Civil Veterinary Dept. Assam report 1927-50 - 1927-1950
Year: 1927
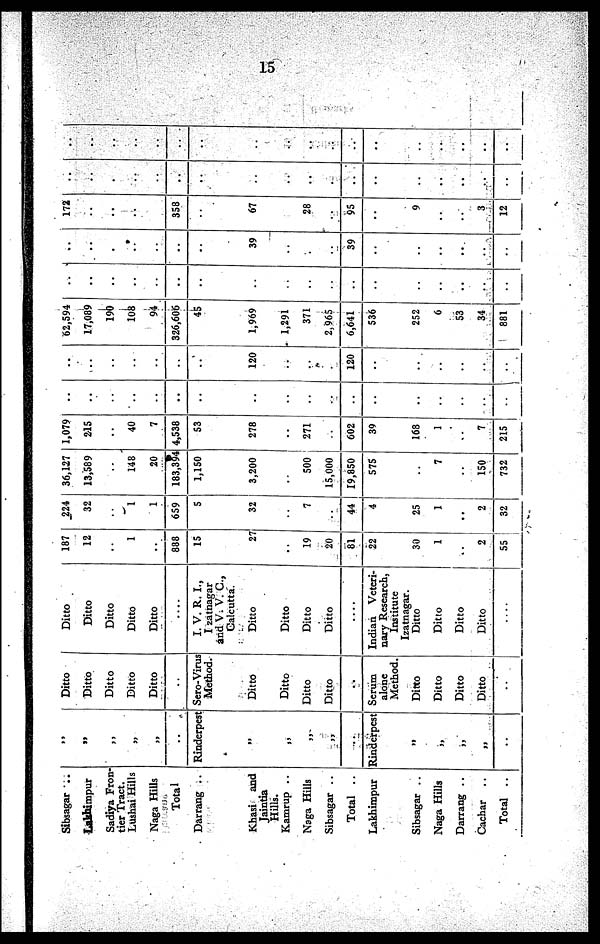
15
Sibsagar ..
Lakhimpur
Sadiya Fron-
tier Tract.
Lushai Hills
Naga Hills
Total
Darrang ..
Khasi and
Jaintia
Hills.
Kamrup ..
Naga Hills
Sibsagar ..
Total ..
Lakhimpur
Sibsagar ..
Naga Hills
Darrang ..
Cachar ..
Total ..
„
„
„
„
„
..
Rinderpest
„
„
„
„
..
Rinderpest
„
„
„
„
..
Ditto
Ditto
Ditto
Ditto
Ditto
..
Sero-Virus
Method.
Ditto
Ditto
Ditto
Ditto
..
Serum
alone
Method.
Ditto
Ditto
Ditto
Ditto
..
Ditto
Ditto
Ditto
Ditto
Ditto
....
I. V. R. I.,
I zatnagar
and V. V. C.,
Calcutta.
Ditto
Ditto
Ditto
Ditto
....
Indian Veteri-
nary Research,
Institute
Izatnagar.
Ditto
Ditto
Ditto
Ditto
....
187
12
..
1
..
888
15
27
..
19
20
81
22
30
1
..
2
55
224
32
..
1
1
659
5
32
..
7
..
44
4
25
1
..
2
32
36,127
13,589
..
148
20
183,39
1,150
3,200
..
500
15,000
19,850
575
..
7
..
150
732
1,079
215
..
40
7
4,538
53
278
..
271
..
602
39
168
1
..
7
215
..
..
..
..
..
..
..
..
..
..
..
..
..
..
..
..
..
..
..
..
..
..
..
..
..
120
..
..
..
120
..
..
..
..
..
..
62,594
17,089
190
108
94
326,606
45
1,969
1,291
371
2,965
6,641
536
252
6
53
34
881
..
..
..
..
..
..
..
..
..
..
..
..
..
..
..
..
..
..
..
..
..
..
..
..
..
39
..
.
..
39
..
..
..
..
..
..
172
..
..
..
..
358
..
67
..
28
..
95
..
9
..
..
3
12
..
..
..
..
..
..
..
..
..
..
..
..
..
..
..
..
..
..
..
..
..
..
..
..
..
..
..
..
..
..
..
..
..
..
..
..